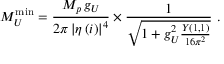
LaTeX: M _ { U } ^ { \scriptstyle \mathrm { m i n } } = \frac { M _ { p } \, g _ { U } } { { 2 \pi } \left| \eta \left( i \right) \right| ^ { 4 } } \times \frac { 1 } { \sqrt { 1 + g _ { U } ^ { 2 } \frac { Y ( 1 , 1 ) } { 1 6 \pi ^ { 2 } } } } \ .